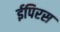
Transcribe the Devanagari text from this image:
ईपिरस